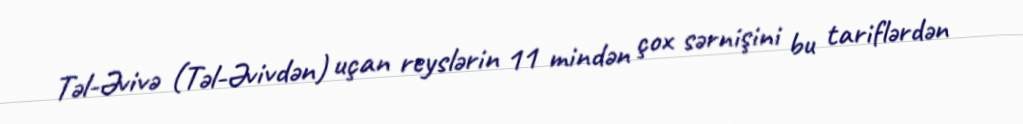
Təl-Əvivə (Təl-Əvivdən) uçan reyslərin 11 mindən çox sərnişini bu tariflərdən